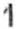
1